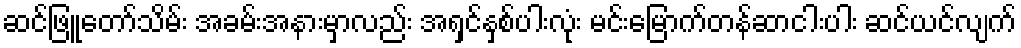
ဆင်ဖြူတော်သိမ်း အခမ်းအနားမှာလည်း အရှင်နှစ်ပါးလုံး မင်းမြောက်တန်ဆာငါးပါး ဆင်ယင်လျက်